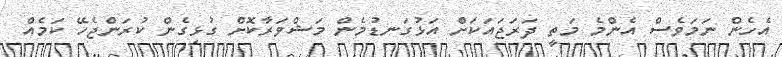
އެހެން ނަމަވެސް އެންމެ މަތީ ދަރަޖައަކަށް އަޅުގަނޑުމެން މަޝްވަރާކޮށް ގުޅިގެން ކުރަންޖެހޭ ކަމެއް